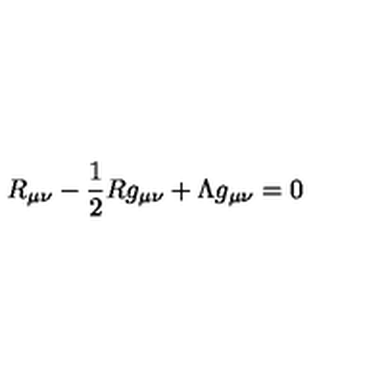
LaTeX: R _ { \mu \nu } - \frac { 1 } { 2 } R g _ { \mu \nu } + \Lambda g _ { \mu \nu } = 0